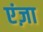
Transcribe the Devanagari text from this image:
एंज़ा